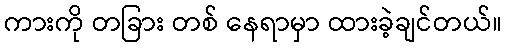
ကားကို တခြား တစ် နေရာမှာ ထားခဲ့ချင်တယ်။